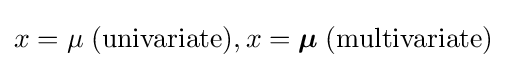
x=\mu \;{\textrm {(univariate)}},x={\boldsymbol {\mu }}\;{\textrm {(multivariate)}}